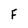
Character: F